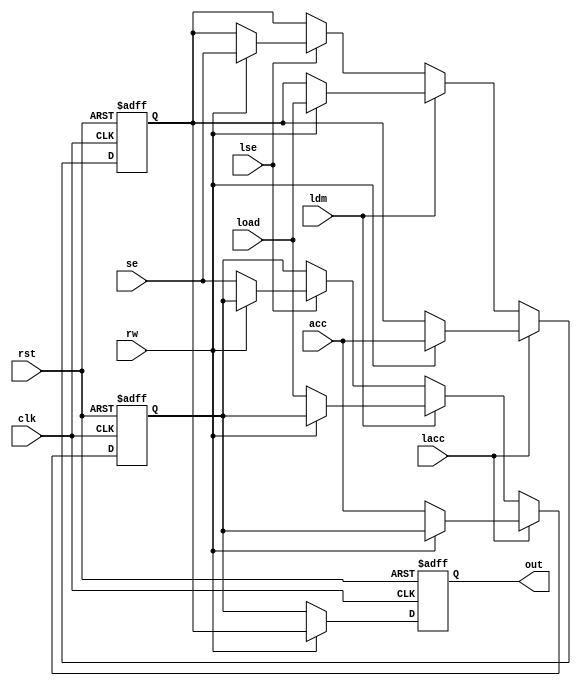
module reg_file(
            input rst,
            input clk,
            input rw,
            input lse,
            input ldm,
            input lacc,
            input [15:0] load,
            input [15:0] acc,
            input [15:0] se,
            output reg [15:0] out
);
reg [15:0] x;
reg [15:0] y;
    always @(posedge clk, posedge rst)
    begin
      if(rst) begin
        out=16'd0;
        x<=16'd0;
        y<=16'd0;
    end 
    else begin
        if (lacc) begin
          if(!rw) begin
            x<= acc;
          end 
          else begin
            y<=acc;
          end
        end
        else if (ldm) begin
          if(!rw) begin
            x<= load;
          end 
          else begin
            y<=load;
          end
        end
        else if(lse) begin
          if(!rw) begin
            x<= se;
          end 
          else begin
            y<=se;
          end
        end
        if(!rw) begin
          out<=x;
        end 
        else begin
         out<=y;
        end
    end
    end
endmodule